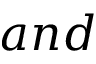
a n d